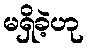
မရှိခဲ့ဟု